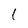
Character: l